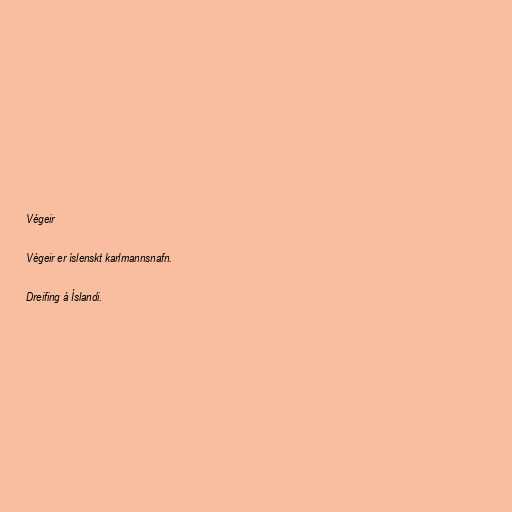
Végeir

Végeir er íslenskt karlmannsnafn.

Dreifing á Íslandi.